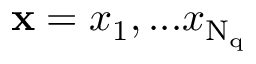
\mathbf x = x _ { 1 } , . . . x _ { \mathrm { N _ { q } } }